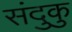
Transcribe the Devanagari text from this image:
संदुकु